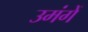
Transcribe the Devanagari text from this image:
उमंगें